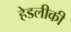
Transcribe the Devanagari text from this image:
हेडलीकी